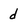
Character: d